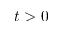
t > 0